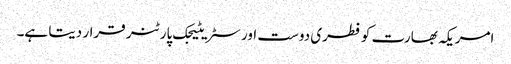
امریکہ بھارت کو فطری دوست اور سٹریٹیجک پارٹنر قرار دیتا ہے۔